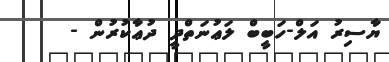
ޔާސިރު އަލް-ހަބީބް ލަޢުނަތްދީ ދުޢާކުރުން -